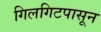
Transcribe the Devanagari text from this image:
गिलगिटपासून